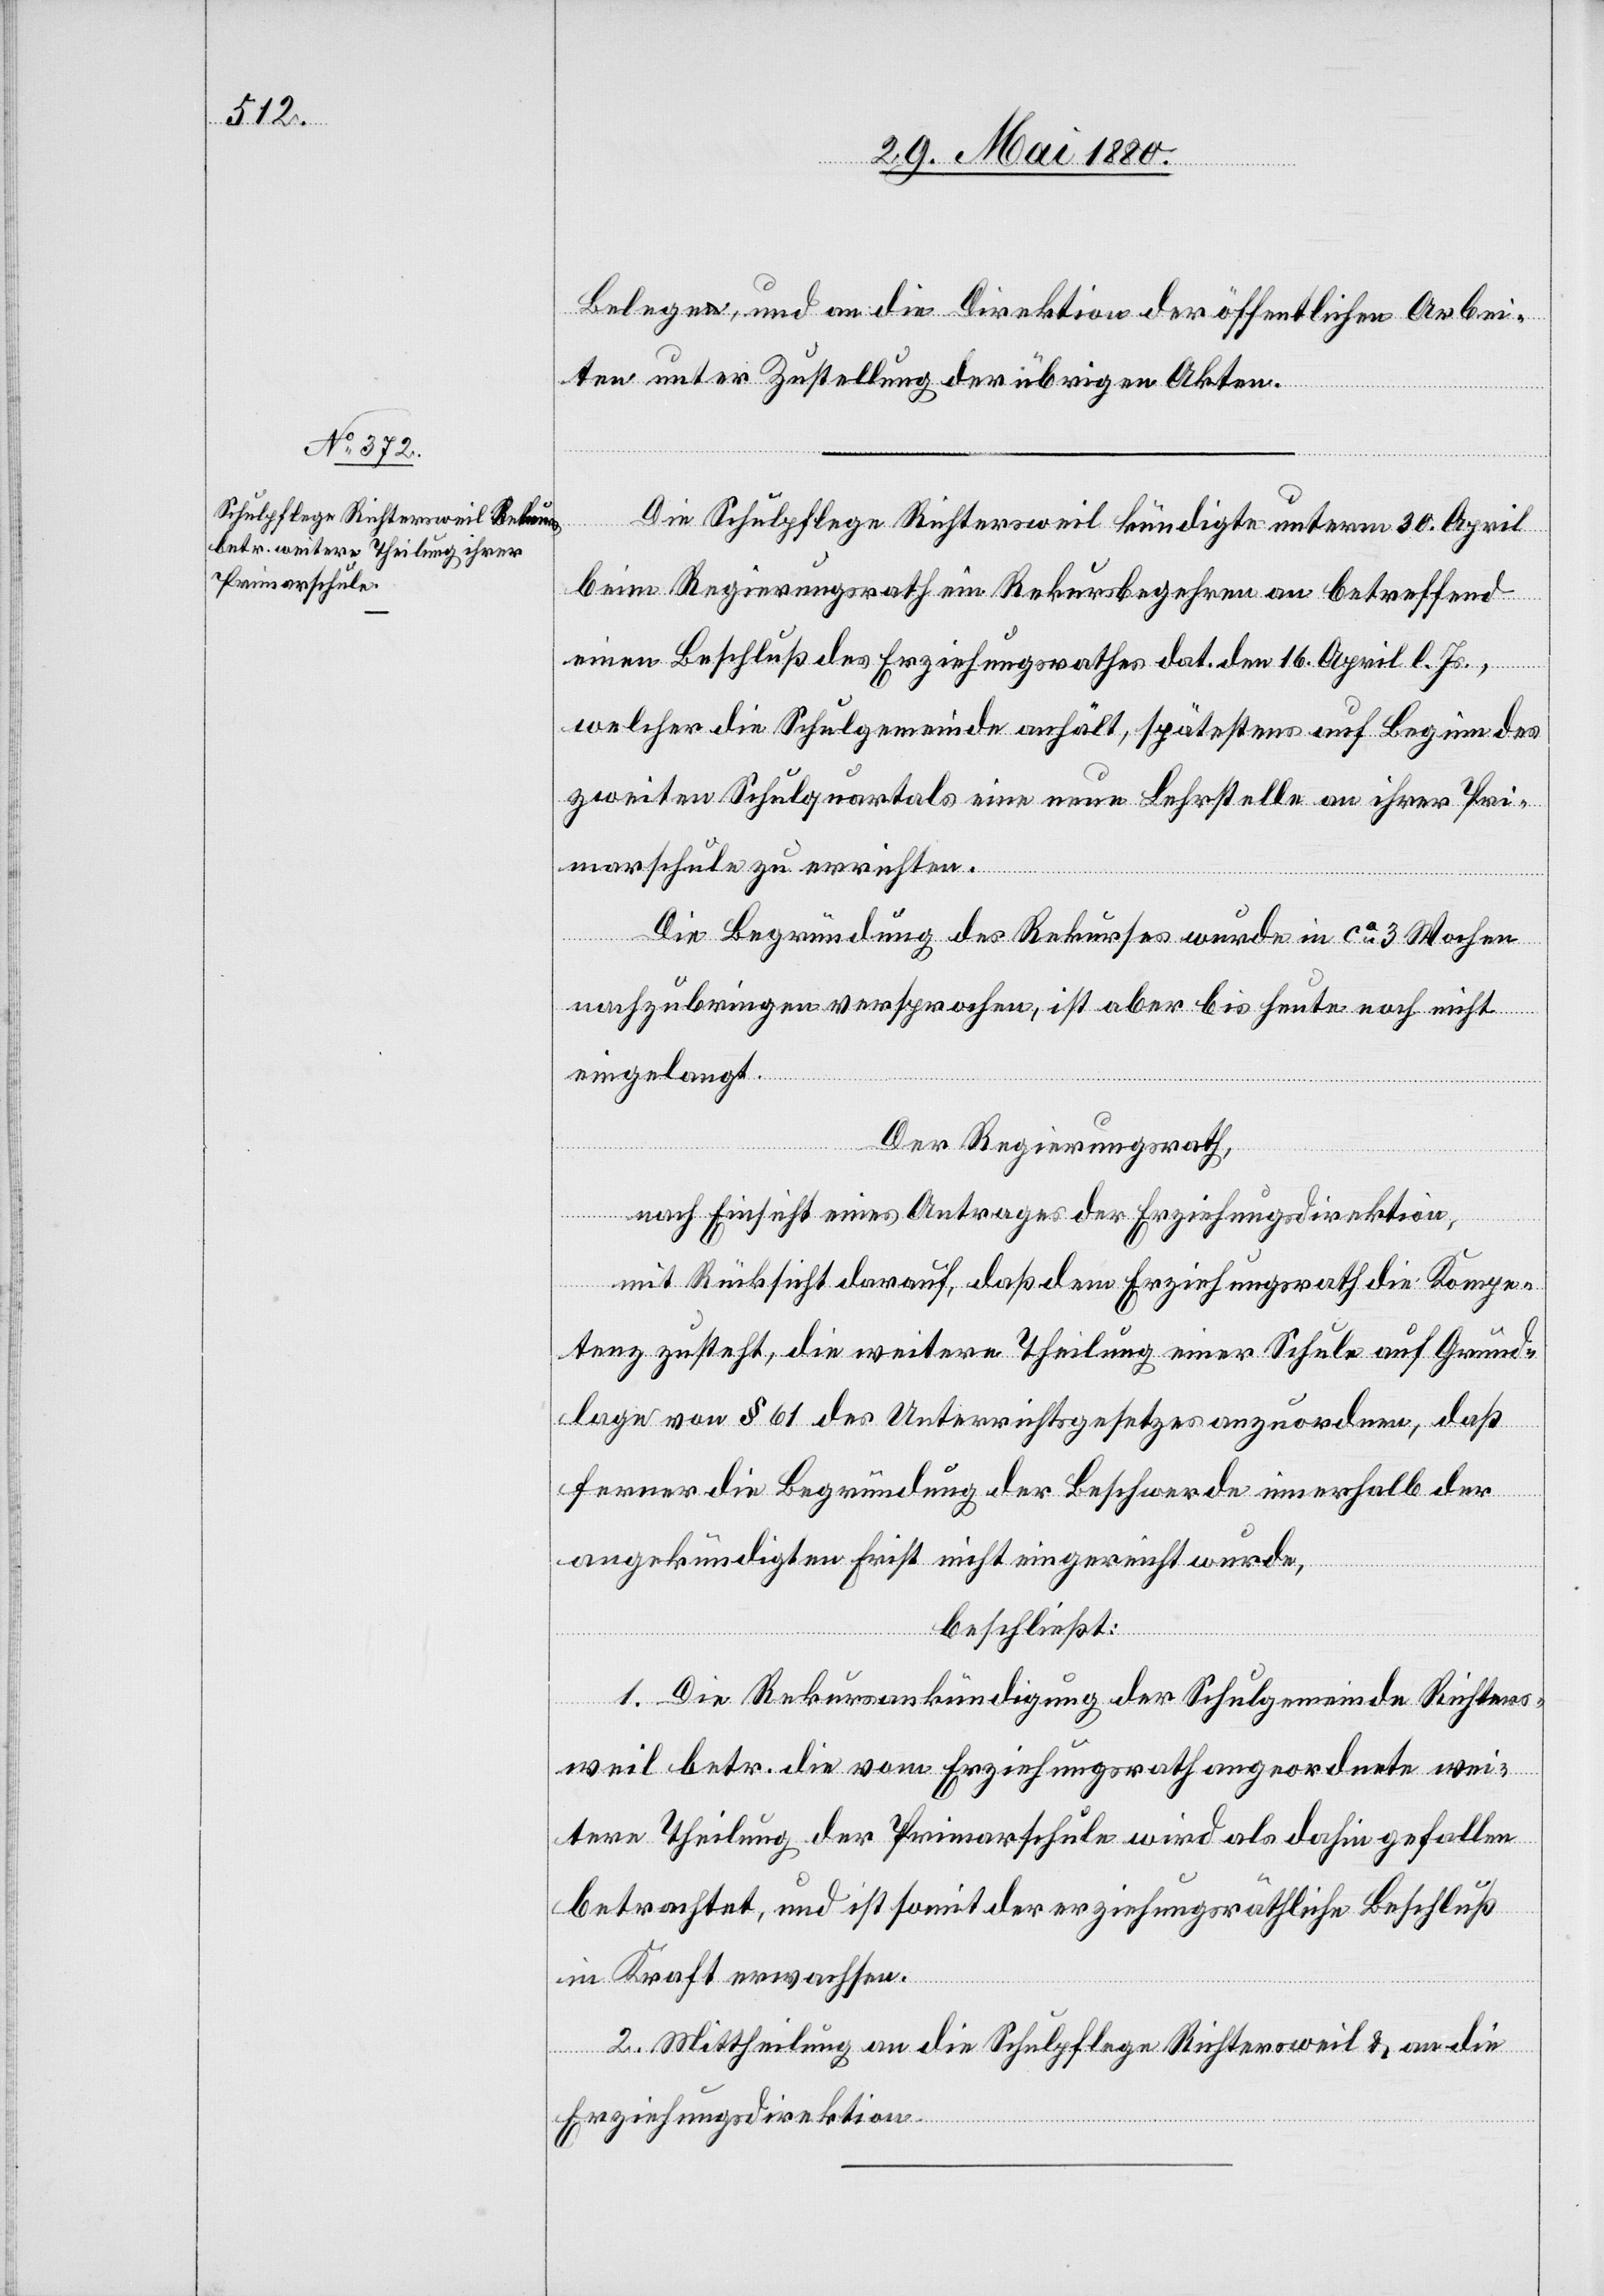
Belege, und an die Direktion der öffentlichen Arbei¬
ten unter Zustellung der übrigen Akten.
Die Schulpflege Richtersweil kündigte unterm 30. April
beim Regierungsrath ein Rekursbegehren an betreffend
einen Beschluß des Erziehungsrathes dat. den 16. April l. Js.,
welcher die Schulgemeinde anhält, spätestens auf Beginn des
zweiten Schulquartals eine neue Lehrstelle an ihrer Pri¬
marschule zu errichten.
Die Begründung des Rekurses wurde in ca 3 Wochen
nachzubringen versprochen, ist aber bis heute noch nicht
eingelangt.
Der Regierungsrath;
nach Einsicht eines Antrages der Erziehungsdirektion,
mit Rücksicht darauf, daß dem Erziehungsrath die Kompe¬
tenz zusteht, die weitere Theilung einer Schule auf Grund¬
lage von § 61 des Unterrichtsgesetzes anzuordnen, daß
ferner die Begründung der Beschwerde innerhalb der
angekündigten Frist nicht eingereicht wurde,
beschließt:
1. Die Rekursankündigung der Schulgemeinde Richters¬
weil betr. die vom Erziehungsrath angeordnete wei¬
tere Theilung der Primarschule wird als dahin gefallen
betrachtet, und ist somit der erziehungsräthliche Beschluß
in Kraft erwachsen.
2. Mittheilung an die Schulpflege Richtersweil & an die
Erziehungsdirektion.